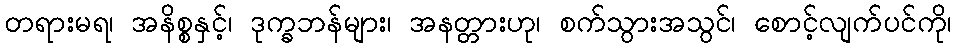
တရားမရ၊ အနိစ္စနှင့်၊ ဒုက္ခဘန်များ၊ အနတ္တားဟု၊ စက်သွားအသွင်၊ စောင့်လျက်ပင်ကို၊